Civil Veterinary Dept. Bombay admin report 1907-1913 - 1907-1913
Year: 1907
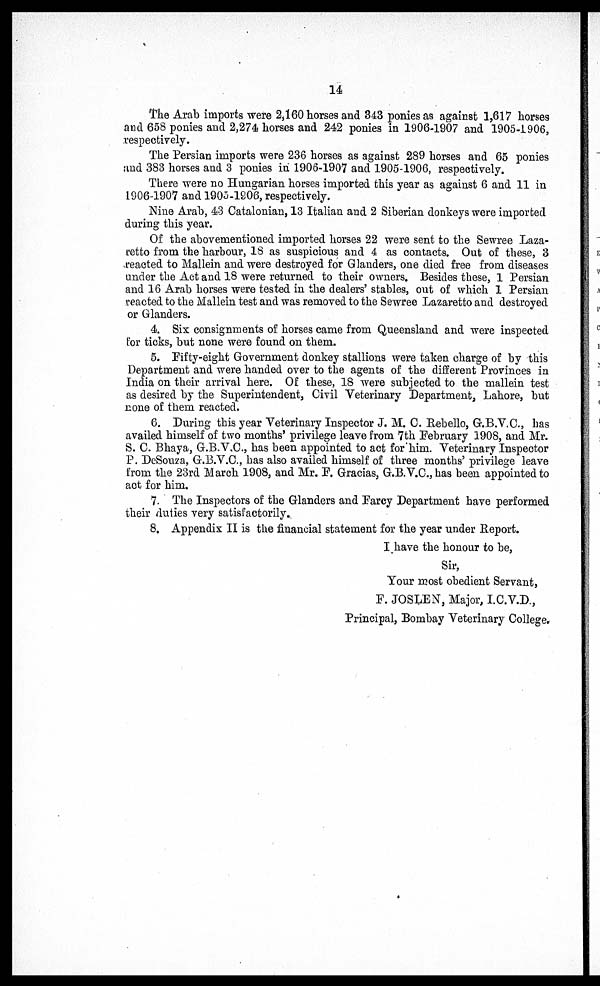
14
The Arab imports were 2,160 horses and 343 ponies as against 1,617 horses
and 658 ponies and 2,274 horses and 242 ponies in 1906-1907 and 1905-1906,
respectively.
The Persian imports were 236 horses as against 289 horses and 65 ponies
and 383 horses and 3 ponies in 1906-1907 and 1905-1906, respectively.
There were no Hungarian horses imported this year as against 6 and 11 in
1906-1907 and 1905-1906, respectively.
Nine Arab, 43 Catalonian, 13 Italian and 2 Siberian donkeys were imported
during this year.
Of the abovementioned imported horses 22 were sent to the Sewree Laza-
retto from the harbour, 18 as suspicious and 4 as contacts. Out of these, 3
reacted to Mallein and were destroyed for Glanders, one died free from diseases
under the Act and 18 were returned to their owners. Besides these, 1 Persian
and 16 Arab horses were tested in the dealers' stables, out of which 1 Persian
reacted to the Mallein test and was removed to the Sewree Lazaretto and destroyed
or Glanders.
4. Six consignments of horses came from Queensland and were inspected
for ticks, but none were found on them.
5. Fifty-eight Government donkey stallions were taken charge of by this
Department and were handed over to the agents of the different Provinces in
India on their arrival here. Of these, 18 were subjected to the mallein test
as desired by the Superintendent, Civil Veterinary Department, Lahore, but
none of them reacted.
6. During this year Veterinary Inspector J. M. C. Rebello, G.B.V.C., has
availed himself of two months' privilege leave from 7th February 1908, and Mr.
S. C. Bhaya, G.B.V.C., has been appointed to act for him. Veterinary Inspector
P. DeSouza, G.B.V.C., has also availed himself of three months' privilege leave
from the 23rd March 1908, and Mr. P. Gracias, G.B.V.C., has been appointed to
act for him.
7. The Inspectors of the Glanders and Farcy Department have performed
their duties very satisfactorily.
8. Appendix II is the financial statement for the year under Report.
I have the honour to be,
Sir,
Your most obedient Servant,
F. JOSLEN, Major, I.C.V.D.,
Principal, Bombay Veterinary College.